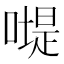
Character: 𠽯